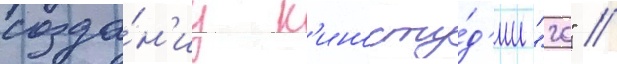
созда́н'иу к'иносту́д'ии "20" //